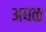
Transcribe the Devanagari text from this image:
अघळ